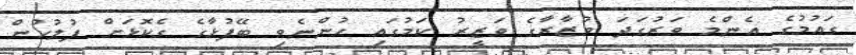
ގައުމުގެ އެންމެ ވަރުގަދަ ވުޒާރާގެ ވަޒީރު ކަމުގައި ހުންނެވި ބޭފުޅާގެ ގެކޮޅަށް ފުލުހުން